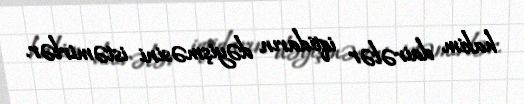
hakim dairələr iqtidarın dəyişməsini istəmirlər.